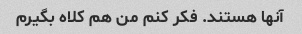
آنها هستند. فکر کنم من هم کلاه بگیرم